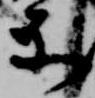
示